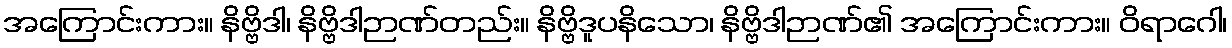
အကြောင်းကား။ နိဗ္ဗိဒါ၊ နိဗ္ဗိဒါဉာဏ်တည်း။ နိဗ္ဗိဒူပနိသော၊ နိဗ္ဗိဒါဉာဏ်၏ အကြောင်းကား။ ဝိရာဂေါ၊